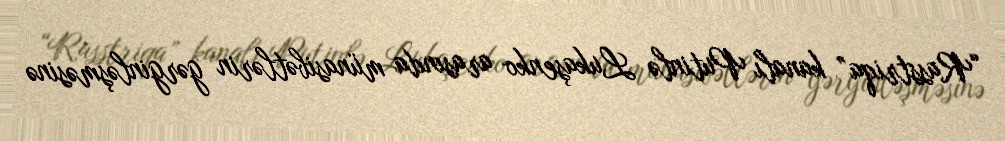
“Rasstriqa” kanalı Putinlə Lukaşenko arasında münasibətlərin gərginləşməsinə